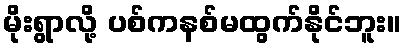
မိုးရွာလို့ ပစ်ကနစ်မထွက်နိုင်ဘူး။